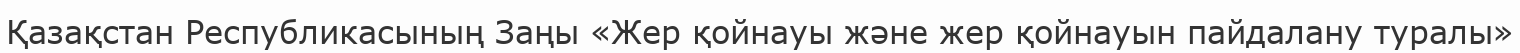
Қазақстан Республикасының Заңы «Жер қойнауы және жер қойнауын пайдалану туралы»